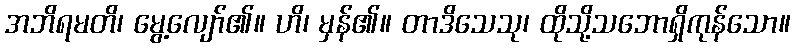
အဘိရမတိ၊ မွေ့လျော်၏။ ဟိ၊ မှန်၏။ တာဒိသေသု၊ ထိုသို့သဘောရှိကုန်သော။